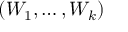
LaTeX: ( W _ { 1 } , \dots , W _ { k } )